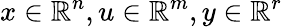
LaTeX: x\in\mathbb{R}^{n},u\in\mathbb{R}^{m},y\in\mathbb{R}^{r}